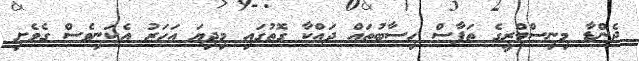
ޖެންޑާ މިނިސްޓްރީގެ ތަފާސް ހިސާބުތައް ދައްކާ ގޮތުގައި މިދިޔަ އަހަރު އެކަނިވެސް ގެވެށި